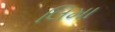
લિમા